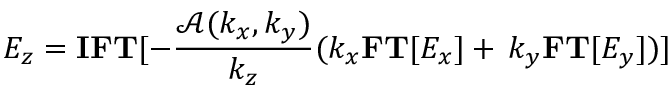
E _ { z } = \mathbf { I F T } [ - \frac { \mathcal { A } ( k _ { x } , k _ { y } ) } { k _ { z } } ( k _ { x } \mathbf { F T } [ E _ { x } ] + \, k _ { y } \mathbf { F T } [ E _ { y } ] ) ]